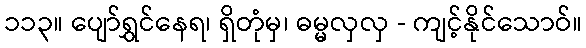
၁၁၃။ ပျော်ရွှင်နေရ၊ ရှိတုံမှ၊ ဓမ္မလှလှ - ကျင့်နိုင်သောဝ်။